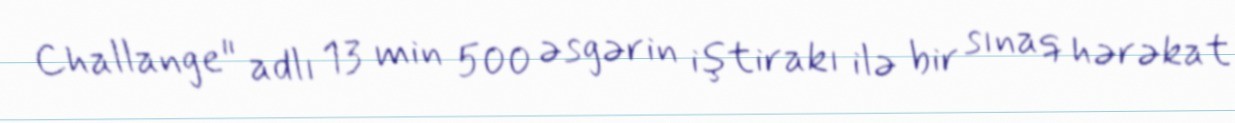
Challange" adlı 13 min 500 əsgərin iştirakı ilə bir sınaq hərəkat